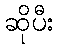
ဆိုပီး